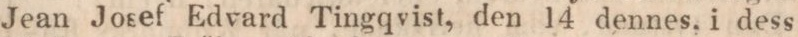
Jean Josef Edvard Tingqvist, den 14 dennes, i dess